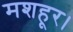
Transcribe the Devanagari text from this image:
मशहूर।